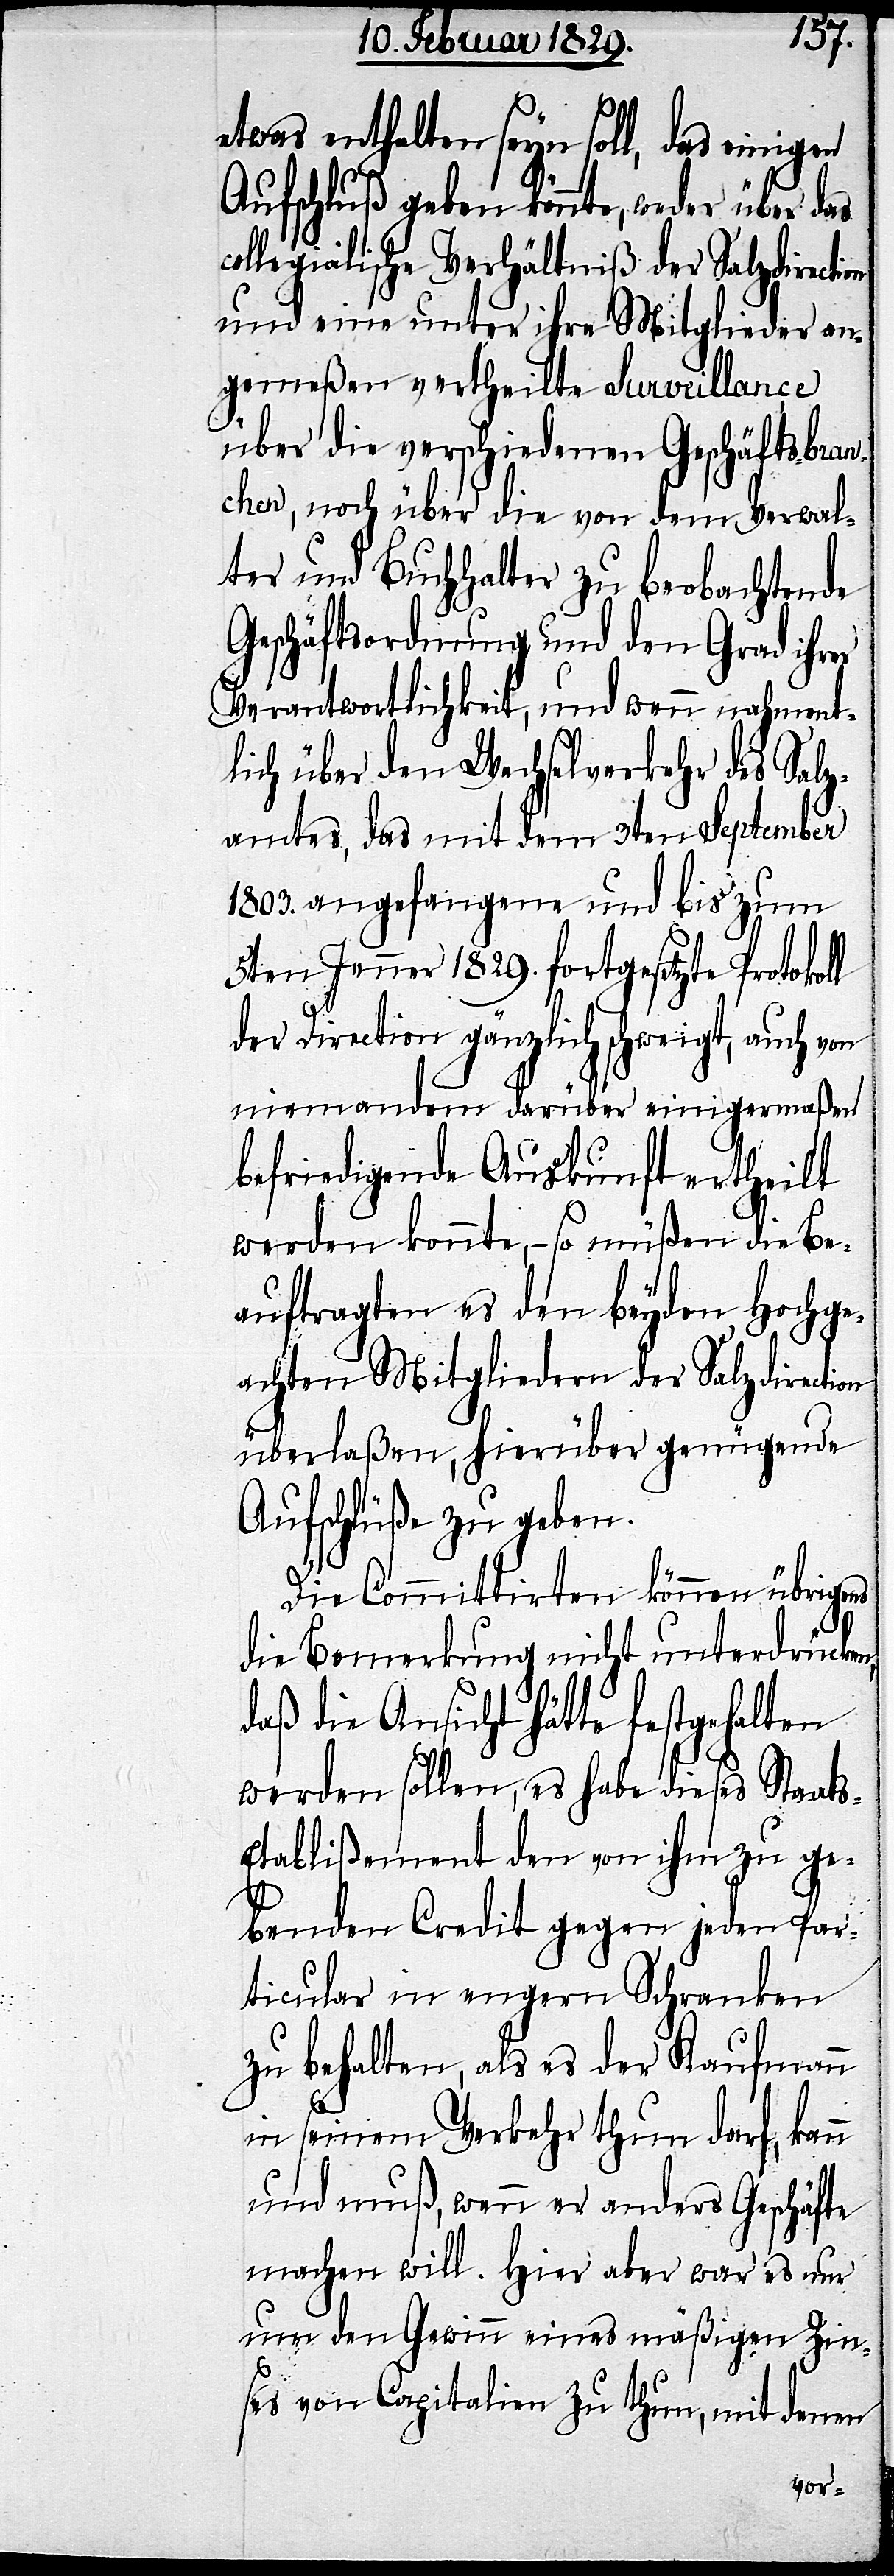
etwas enthalten seyn soll, das einigen
Aufschluß geben könnte, weder über das
collegialische Verhältniß der Salzdirecti¬
und eine unter ihre Mitglieder an¬
gemeßen vertheilte Surveillance
über die verschiedenen Geschäftsbra¬
chen, noch über die von dem Verwal¬
ter und Buchhalter zu beobachtende
Geschäftsordnung und den Grad ihrer
Verantwortlichkeit, und wenn nahment¬
lich über den Wechselverkehr des Salz¬
amtes, das mit dem 3ten September
1803. angefangene und bis zum
5ten Jenner 1829. fortgesetzte Protokoll
der Direction gänzlich schweigt, auch von
niemandem darüber einigermaßen
befriedigende Auskunft ertheilt
werden konnte,– so müßen die Be¬
auftragten es den beyden Hochge¬
achten Mitgliedern der Salzdirection
überlaßen, hierüber genügende
Aufschlüße zu geben.
Die Committirten können übrigens
die Bemerkung nicht unterdrücken,
daß die Ansicht hätte festgehalten
werden sollen, es habe dieses Staat¬
s-Etablißement den von ihm zu ge¬
benden Credit gegen jeden Par¬
ticular in engern Schranken
zu behalten, als es der Kaufmann
in seinem Verkehr thun darf, kann
und muß, wenn er anders Geschäfte
machen will. Hier aber war es nur
um den Gewinn eines mäßigen Zin¬
on
ses von Capitalien zu thun, mit denen